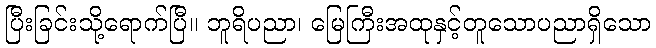
ပြီးခြင်းသို့ရောက်ပြီ။ ဘူရိပညာ၊ မြေကြီးအထုနှင့်တူသောပညာရှိသော